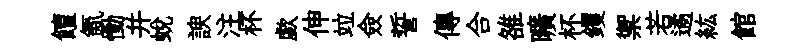
饘氤慟并蜕諛注杯歔伸竝僉誓傳合雒曠杯钁禦若遹紘館